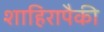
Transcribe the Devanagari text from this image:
शाहिरापैकी